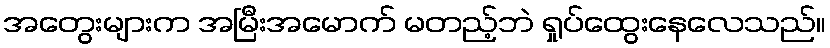
အတွေးများက အမြီးအမောက် မတည့်ဘဲ ရှုပ်ထွေးနေလေသည်။